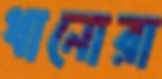
ধানোরা